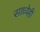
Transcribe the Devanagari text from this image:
साध्येही